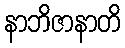
နာဘိဇာနာတိ